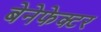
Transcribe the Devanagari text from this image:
बेनेफेक्टर